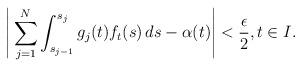
LaTeX: \begin{align*}\left| \, \sum_{j=1}^N \int_{s_{j-1}}^{s_j} g_j(t) f_t(s)\, ds - \alpha(t)\right| < \frac{\epsilon}{2}, t\in I.\end{align*}